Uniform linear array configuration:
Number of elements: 32
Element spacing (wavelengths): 1
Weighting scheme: hamming
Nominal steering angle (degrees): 45
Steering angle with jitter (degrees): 44.087
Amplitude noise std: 0.05
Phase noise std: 0.05

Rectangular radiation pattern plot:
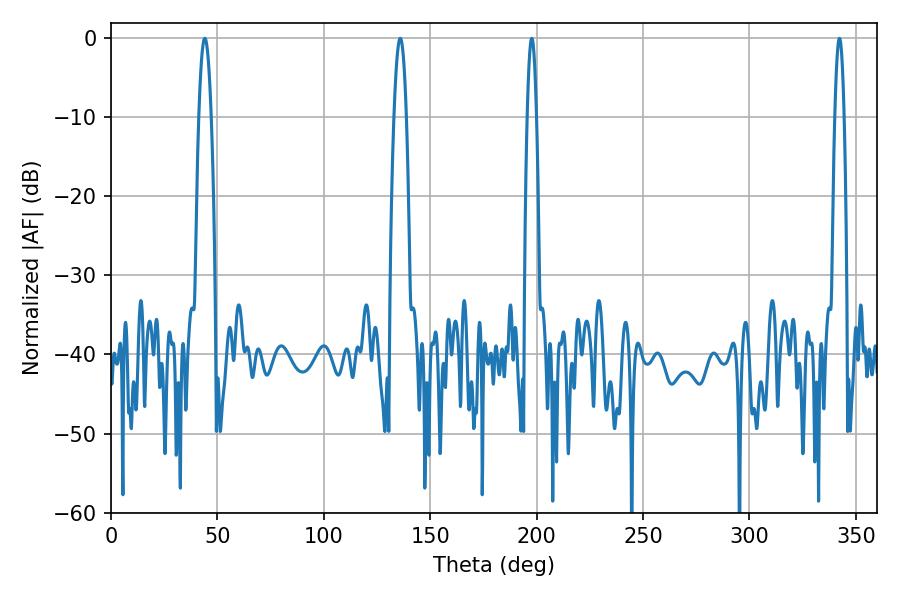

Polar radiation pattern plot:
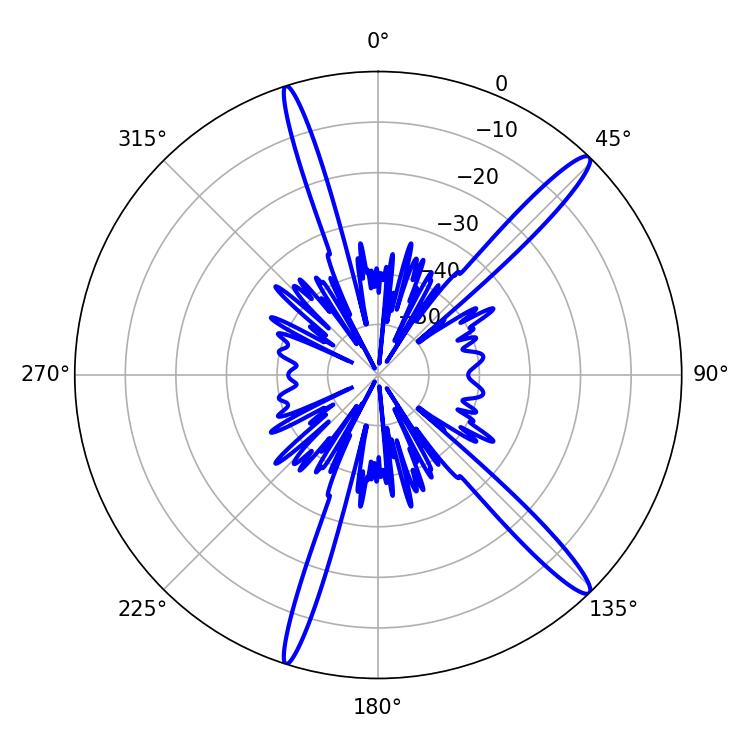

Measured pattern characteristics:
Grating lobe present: TRUE
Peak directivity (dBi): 15.465
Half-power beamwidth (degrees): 3.24
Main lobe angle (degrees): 44.1